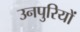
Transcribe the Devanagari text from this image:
उनपुरियों